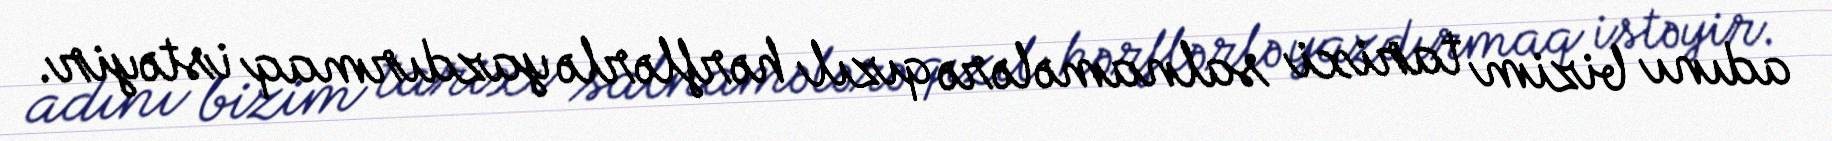
adını bizim tarixi salnamələrə qızıl hərflərlə yazdırmaq istəyir.